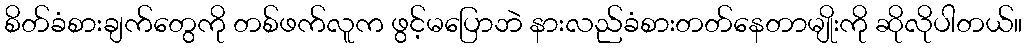
စိတ်ခံစားချက်တွေကို တစ်ဖက်လူက ဖွင့်မပြောဘဲ နားလည်ခံစားတတ်နေတာမျိုးကို ဆိုလိုပါတယ်။